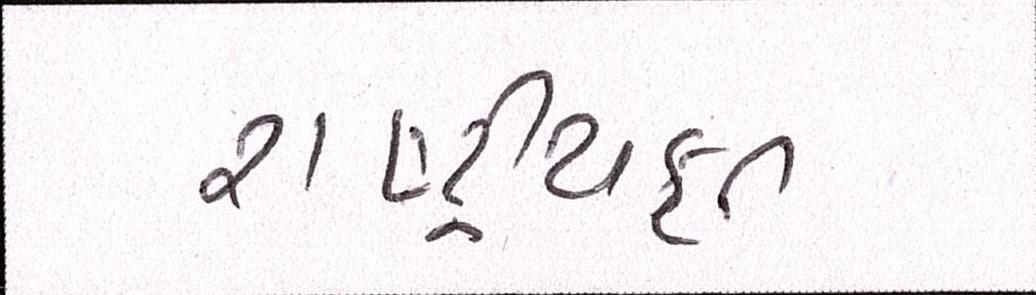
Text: રાષ્ટ્ર્રીયકૃત